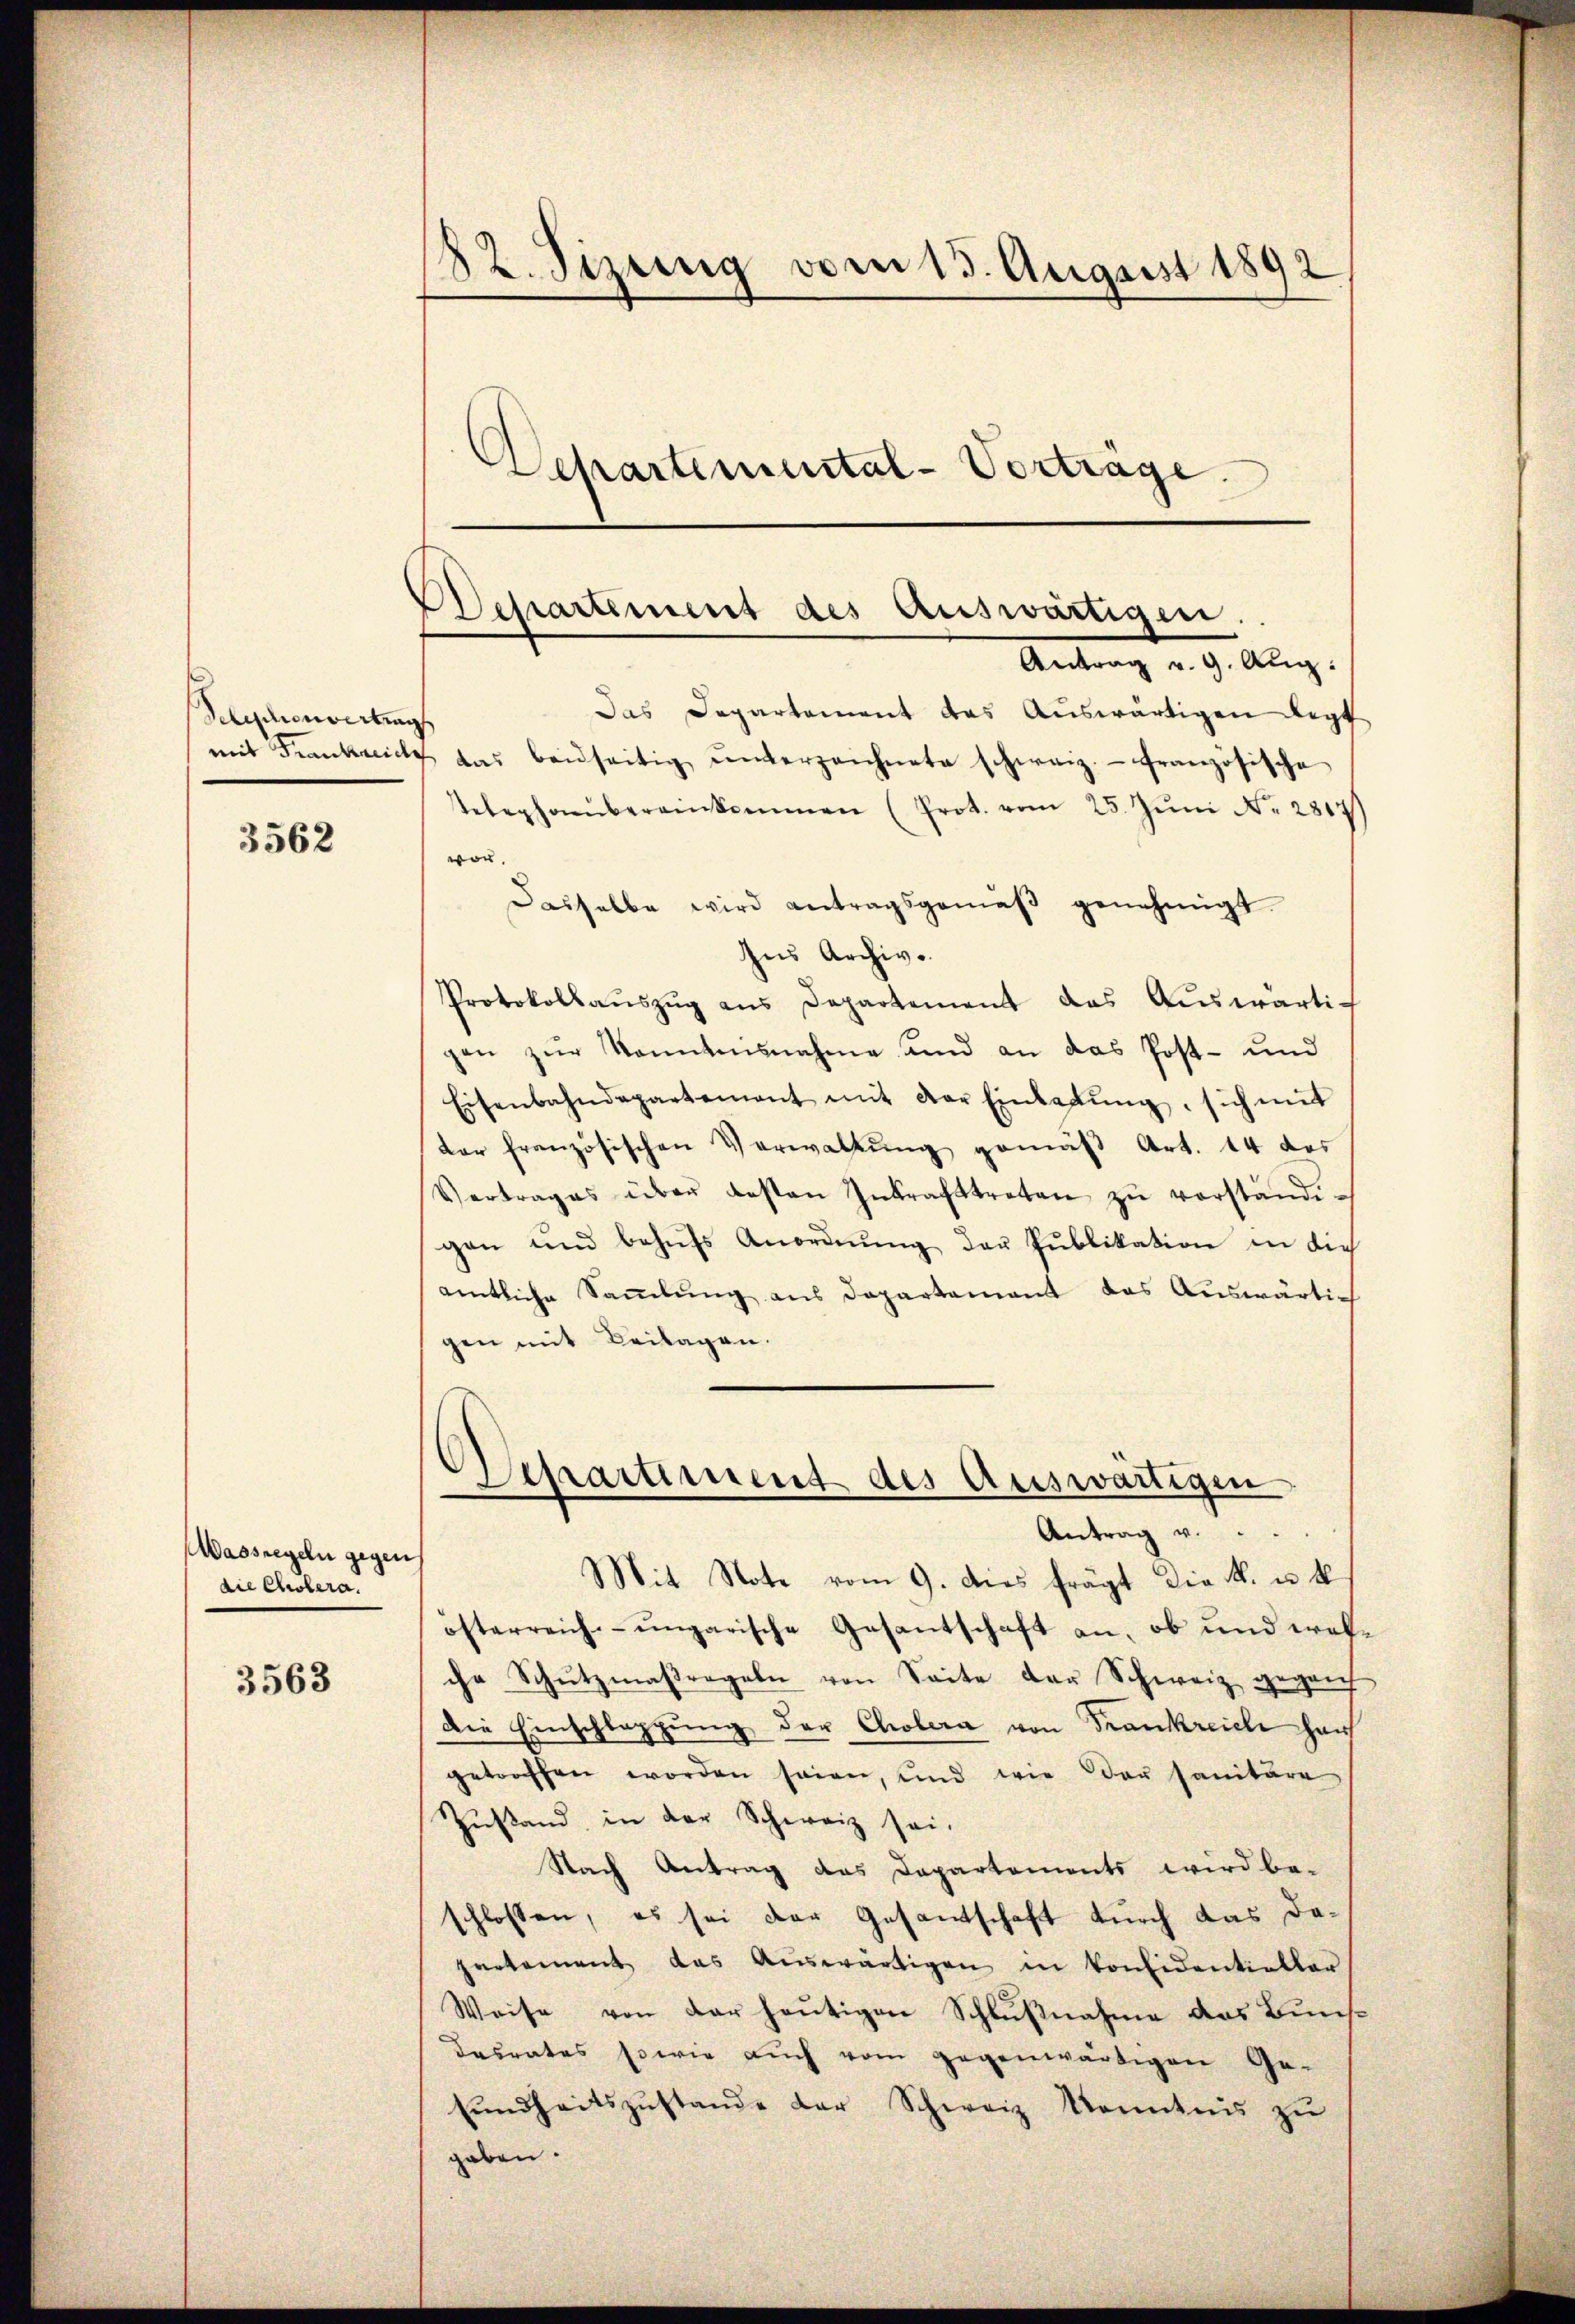
Telephonvertrag
mit Frankreich

3562

Wassregeln gegen
die Cholera.

3563

82. Sizung vom 13. August 1892
Departemental-Vorträge.

Das Departement das Auswärtigen legt
s
4 das beidseitig ŭnterzeichnete schweiz.- französische
Telephaŭbereinkommen (Prot. vom 25. Jŭni No 2817
wor.
Dasselbe wird antragsgemäβ genehmigt
Ius Archive
Protokollaŭszŭg ans Departement das Aŭswärti-
gen zŭr Kenntnisnahme und an das Post- und
Eisenbahndepartement mit der Einladŭng, sich mit
der französischen Verwaltŭng gemäβ Art. 14 der
Vertrages über gesten Inkrafttreten zŭ verständi-
gen und behŭfs Anordnŭng der Publikation in die
amtliche Saṁlŭng ans Departamant das Auswärtig
gen mit Beilagen.
Aparument des Auswärtigen
Antrag v.
Mit Note vom 9. dies frägt die k. u. k
österreich-ungarische Gesantschaft an, ob und welche Schŭtzmaßregeln von Seite der Schweiz gegenf
Die Einschlappung der Cholera von Frankreiche haus
getroffen worden seien, und wie der sanitäre
Zustand in der Schweiz sei.
Nach Antrag das Departements wird be-
schlossen, es sei der Gesantschaft durch das dapartement das Aŭswärtigen in Considentieller
Weise von der heutigen Schlußnahme das Bunsdesrates sowie auch vom gegenwärtigen Ge-
sŭndheitszŭstande der Schweiz Kenntnis zu
gaben.

Departement des Auswärtigen.
Antrag v. 9. Aug.